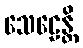
သေဠေန္တိ